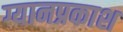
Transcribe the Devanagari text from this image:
ग्यानप्रकाश